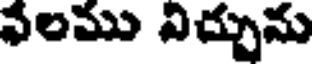
ఫలము నిచ్చును